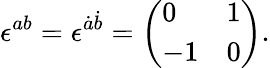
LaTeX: \epsilon^{ab}=\epsilon^{\dot{a}\dot{b}}=\left(\begin{array}{ll}{0}&{1}\\ {-1}&{0}\end{array}\right).